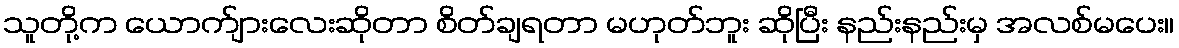
သူတို့က ယောက်ျားလေးဆိုတာ စိတ်ချရတာ မဟုတ်ဘူး ဆိုပြီး နည်းနည်းမှ အလစ်မပေး။